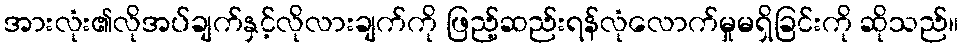
အားလုံး၏လိုအပ်ချက်နှင့်လိုလားချက်ကို ဖြည့်ဆည်းရန်လုံလောက်မှုမရှိခြင်းကို ဆိုသည်။